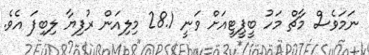
ނަމަވެސް މާޗް މަހު ބީޕީޓީއަށް ވަނީ 28.1 މިލިއަން ރުފިޔާ ލިބިފަ އެވެ.